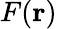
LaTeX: F(\mathbf{r})